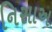
નિસાઅ